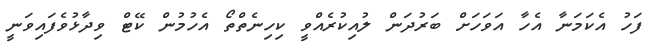
ފަހު އެކަމަނާ އެހާ އަވަހަށް ބަރުދަން ލުއިކުރެއްވީ ކިހިނެތްތޯ އެހުމުން ކޭޓް ވިދާޅުވެފައިވަނީ